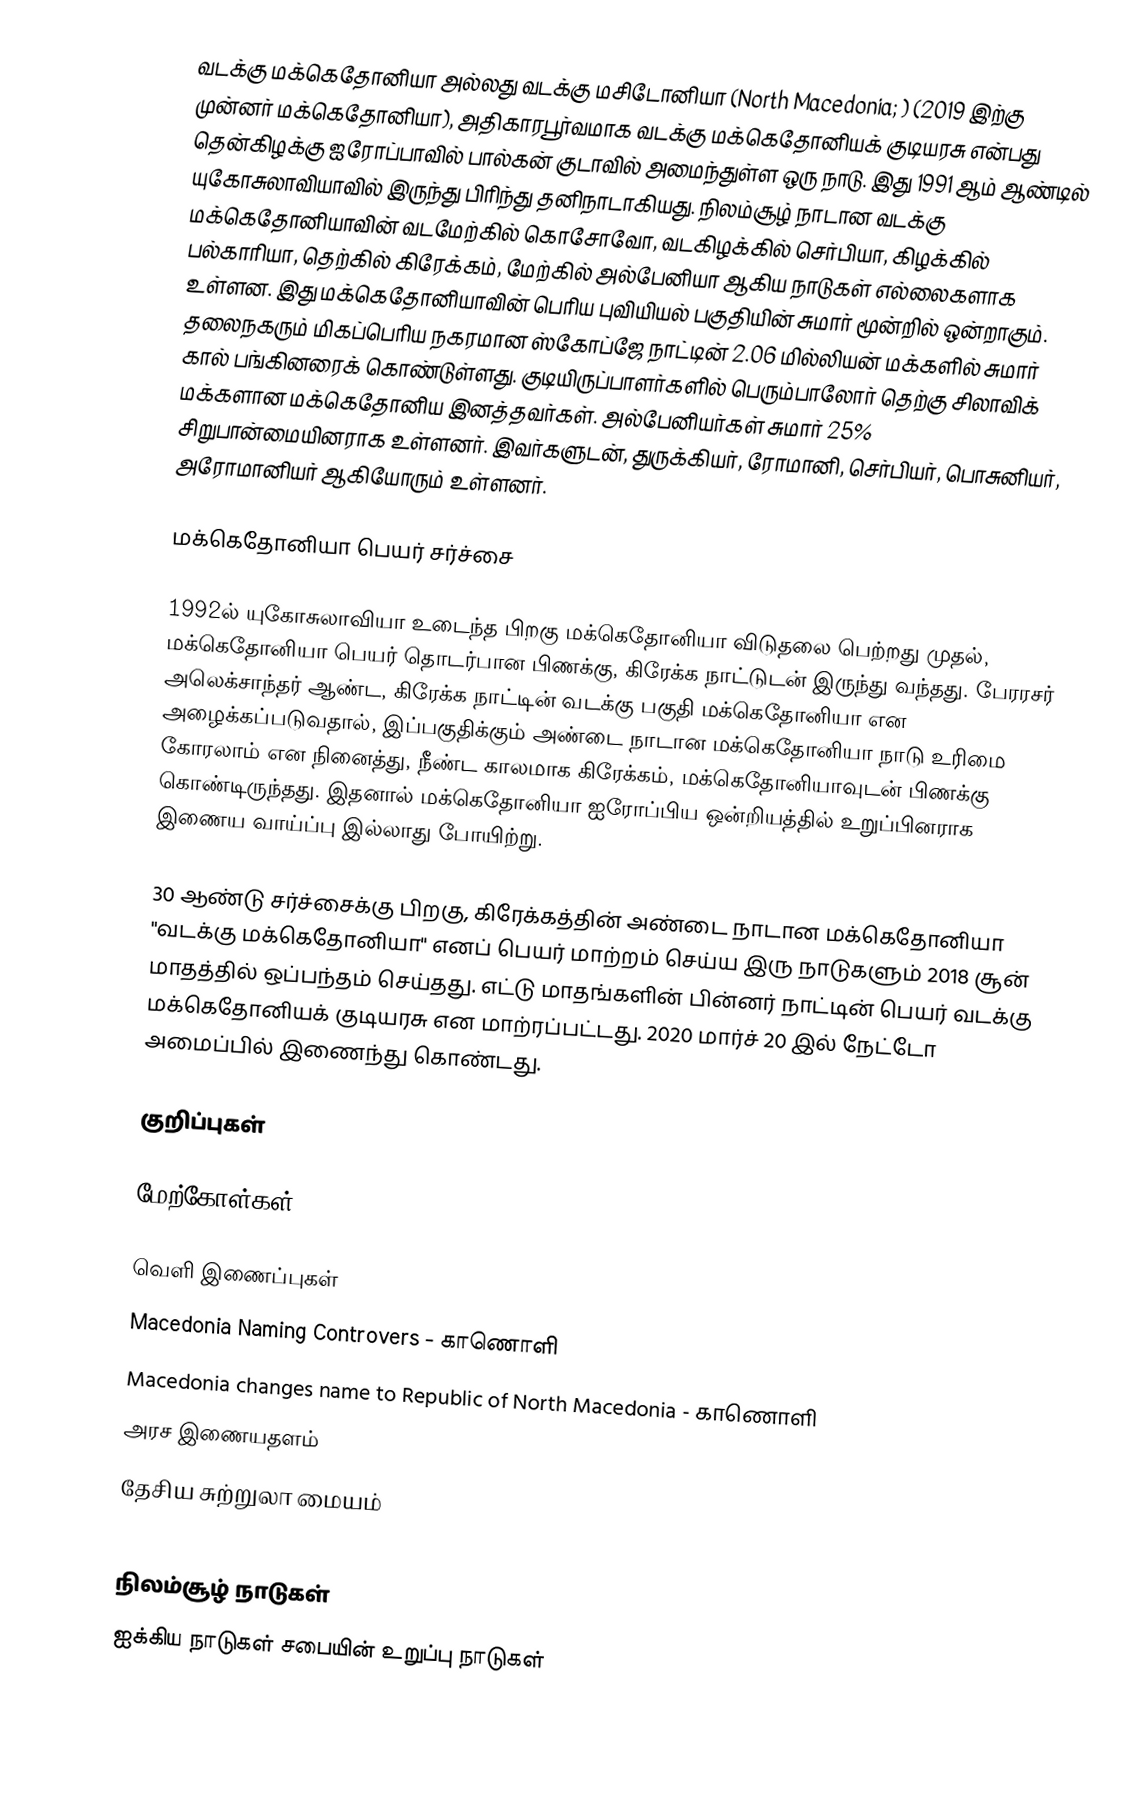
வடக்கு மக்கெதோனியா அல்லது வடக்கு மசிடோனியா (North Macedonia; ) (2019 இற்கு முன்னர் மக்கெதோனியா), அதிகாரபூர்வமாக வடக்கு மக்கெதோனியக் குடியரசு என்பது தென்கிழக்கு ஐரோப்பாவில் பால்கன் குடாவில் அமைந்துள்ள ஒரு நாடு. இது 1991 ஆம் ஆண்டில் யுகோசுலாவியாவில் இருந்து பிரிந்து தனிநாடாகியது. நிலம்சூழ் நாடான வடக்கு மக்கெதோனியாவின் வடமேற்கில் கொசோவோ, வடகிழக்கில் செர்பியா, கிழக்கில் பல்காரியா, தெற்கில் கிரேக்கம், மேற்கில் அல்பேனியா ஆகிய நாடுகள் எல்லைகளாக உள்ளன. இது மக்கெதோனியாவின் பெரிய புவியியல் பகுதியின் சுமார் மூன்றில் ஒன்றாகும். தலைநகரும் மிகப்பெரிய நகரமான ஸ்கோப்ஜே நாட்டின் 2.06 மில்லியன் மக்களில் சுமார் கால் பங்கினரைக் கொண்டுள்ளது. குடியிருப்பாளர்களில் பெரும்பாலோர் தெற்கு சிலாவிக் மக்களான மக்கெதோனிய இனத்தவர்கள். அல்பேனியர்கள் சுமார் 25% சிறுபான்மையினராக உள்ளனர். இவர்களுடன், துருக்கியர், ரோமானி, செர்பியர், பொசுனியர், அரோமானியர் ஆகியோரும் உள்ளனர்.

மக்கெதோனியா பெயர் சர்ச்சை

1992ல் யுகோசுலாவியா உடைந்த பிறகு மக்கெதோனியா விடுதலை பெற்றது முதல், மக்கெதோனியா பெயர் தொடர்பான பிணக்கு, கிரேக்க நாட்டுடன் இருந்து வந்தது. பேரரசர் அலெக்சாந்தர் ஆண்ட, கிரேக்க நாட்டின் வடக்கு பகுதி மக்கெதோனியா என அழைக்கப்படுவதால், இப்பகுதிக்கும் அண்டை நாடான மக்கெதோனியா நாடு உரிமை கோரலாம் என நினைத்து, நீண்ட காலமாக கிரேக்கம், மக்கெதோனியாவுடன் பிணக்கு கொண்டிருந்தது. இதனால் மக்கெதோனியா ஐரோப்பிய ஒன்றியத்தில் உறுப்பினராக இணைய வாய்ப்பு இல்லாது போயிற்று.

30 ஆண்டு சர்ச்சைக்கு பிறகு, கிரேக்கத்தின் அண்டை நாடான மக்கெதோனியா "வடக்கு மக்கெதோனியா" எனப் பெயர் மாற்றம் செய்ய இரு நாடுகளும் 2018 சூன் மாதத்தில் ஒப்பந்தம் செய்தது. எட்டு மாதங்களின் பின்னர் நாட்டின் பெயர் வடக்கு மக்கெதோனியக் குடியரசு என மாற்ரப்பட்டது. 2020 மார்ச் 20 இல் நேட்டோ அமைப்பில் இணைந்து கொண்டது.

குறிப்புகள்

மேற்கோள்கள்

வெளி இணைப்புகள்
Macedonia Naming Controvers - காணொளி
 Macedonia changes name to Republic of North Macedonia - காணொளி
அரச இணையதளம்
தேசிய சுற்றுலா மையம்

நிலம்சூழ் நாடுகள்
ஐக்கிய நாடுகள் சபையின் உறுப்பு நாடுகள்